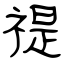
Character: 禔